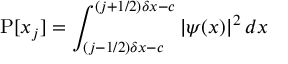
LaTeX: \operatorname { P } [ x _ { j } ] = \int _ { ( j - 1 / 2 ) \delta x - c } ^ { ( j + 1 / 2 ) \delta x - c } | \psi ( x ) | ^ { 2 } \, d x